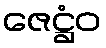
ဇေဋ္ဌံဝ